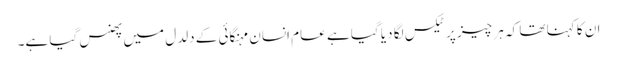
ان کا کہنا تھا کہ ہر چیز پر ٹیکس لگا دیا گیا ہے عام انسان مہنگائی کے دلدل میں پھنس گیا ہے۔